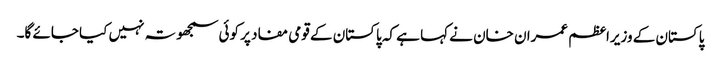
پاکستان کے وزیراعظم عمران خان نے کہا ہے کہ پاکستان کے قومی مفاد پر کوئی سمجھوتہ نہیں کیا جائے گا۔